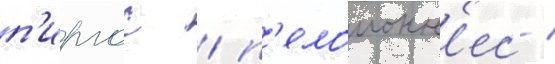
п'иргос / п'елопонн'ес /